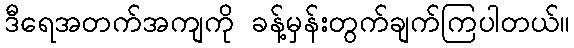
ဒီရေအတက်အကျကို ခန့်မှန်းတွက်ချက်ကြပါတယ်။